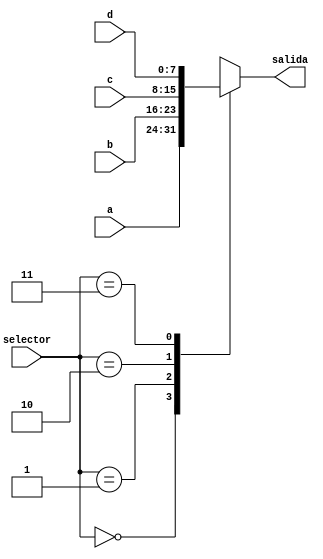
	`timescale 1ns / 1ps
//////////////////////////////////////////////////////////////////////////////////
// Company: 
// Engineer: 
// 
// Design Name: 
// Module Name:    problema_1 
// Project Name: 
// Target Devices: 
// Tool versions: 
// Description: 
//  Disear un multiplexor de 4 entradas (a,b,c,d) y una salida (y) describindolo en nivel RTL.
// Dependencies: 
//
// Revision: 
// Revision 0.01 - File Created
// Additional Comments: 
//
//////////////////////////////////////////////////////////////////////////////////
module problema_1
#(parameter N=7)
(
	input [N:0] a,
	input [N:0] b,
	input [N:0] c,
	input [N:0] d,
	input [1:0] selector,
	output reg [N:0] salida
);


always@(*)
begin
	case(selector)
		8'b00:	salida=a;
		8'b01:	salida=b;
		8'b10:	salida=c;
		8'b11:	salida=d;
		default:	salida=0;
	endcase
end


endmodule